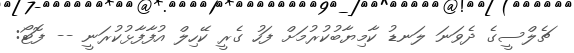
ޗެލްސީގެ ދެވަނަ ލަނޑު ކާމިޔާބުކުރުމަށް ފަހު ގެރީ ކޭހިލް އުފާފާޅުކުރަނީ -- ފޮޓޯ: